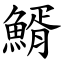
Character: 䱬